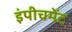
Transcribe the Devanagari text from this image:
इंपीचमेंट